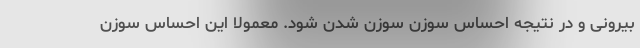
بیرونی و در نتیجه احساس سوزن سوزن شدن شود. معمولاً این احساس سوزن